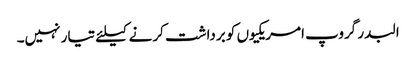
البدر گروپ امریکیوں کو برداشت کرنے کیلئے تیار نہیں۔